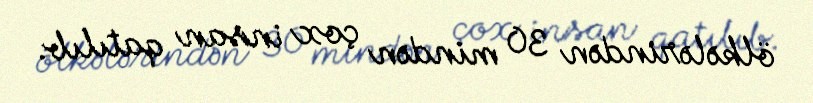
ölkələrindən 30 mindən çox insan qatılıb.